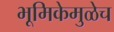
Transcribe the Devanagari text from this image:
भूमिकेमुळेच